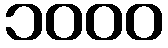
၁၀၀၀